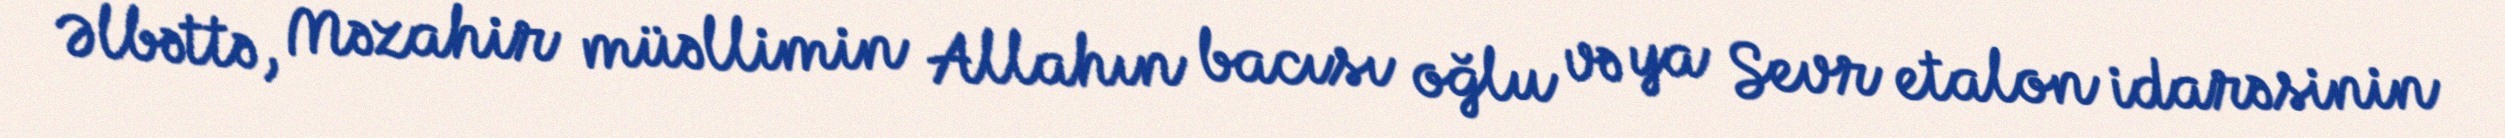
Əlbəttə, Məzahir müəllimin Allahın bacısı oğlu və ya Sevr etalon idarəsinin